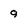
Character: 9